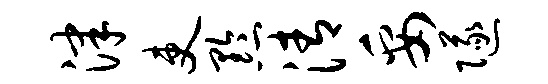
津吏黔清妥隧